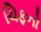
ચિફનો